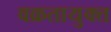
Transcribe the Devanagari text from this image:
वक्रतायुक्त